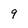
Character: 9